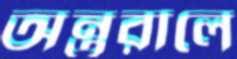
অন্তরালে